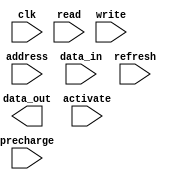
module SDRAM (
    input wire clk,
    input wire read,
    input wire write,
    input wire [11:0] address,
    input wire [31:0] data_in,
    output reg [31:0] data_out,
    input wire precharge,
    input wire activate,
    input wire refresh
);

// Functional blocks for addressing, row and column access, data storage, and control logic
// Add your code for these blocks here

always @(posedge clk) begin
    if (read) begin
        // Read operation
        // Add your code for reading data here
    end
    if (write) begin
        // Write operation
        // Add your code for writing data here
    end
    if (precharge) begin
        // Precharge command
        // Add your code for precharging here
    end
    if (activate) begin
        // Activate command
        // Add your code for activating here
    end
    if (refresh) begin
        // Refresh command
        // Add your code for refreshing here
    end
end

endmodule